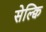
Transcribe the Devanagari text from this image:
सेल्क्वि